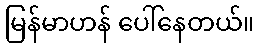
မြန်မာဟန် ပေါ်နေတယ်။